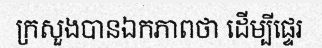
ក្រសួងបានឯកភាពថា ដើម្បីផ្ទេរ